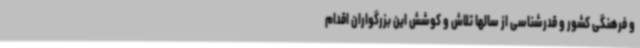
و فرهنگی کشور و قدرشناسی از سالها تلاش و کوشش این بزرگواران اقدام